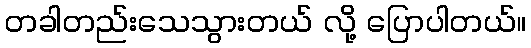
တခါတည်းသေသွားတယ် လို့ ပြောပါတယ်။